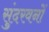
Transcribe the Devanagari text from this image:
सुंदरवनों